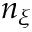
n _ { \xi }